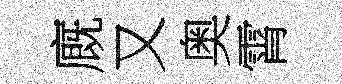
廐又奥霄